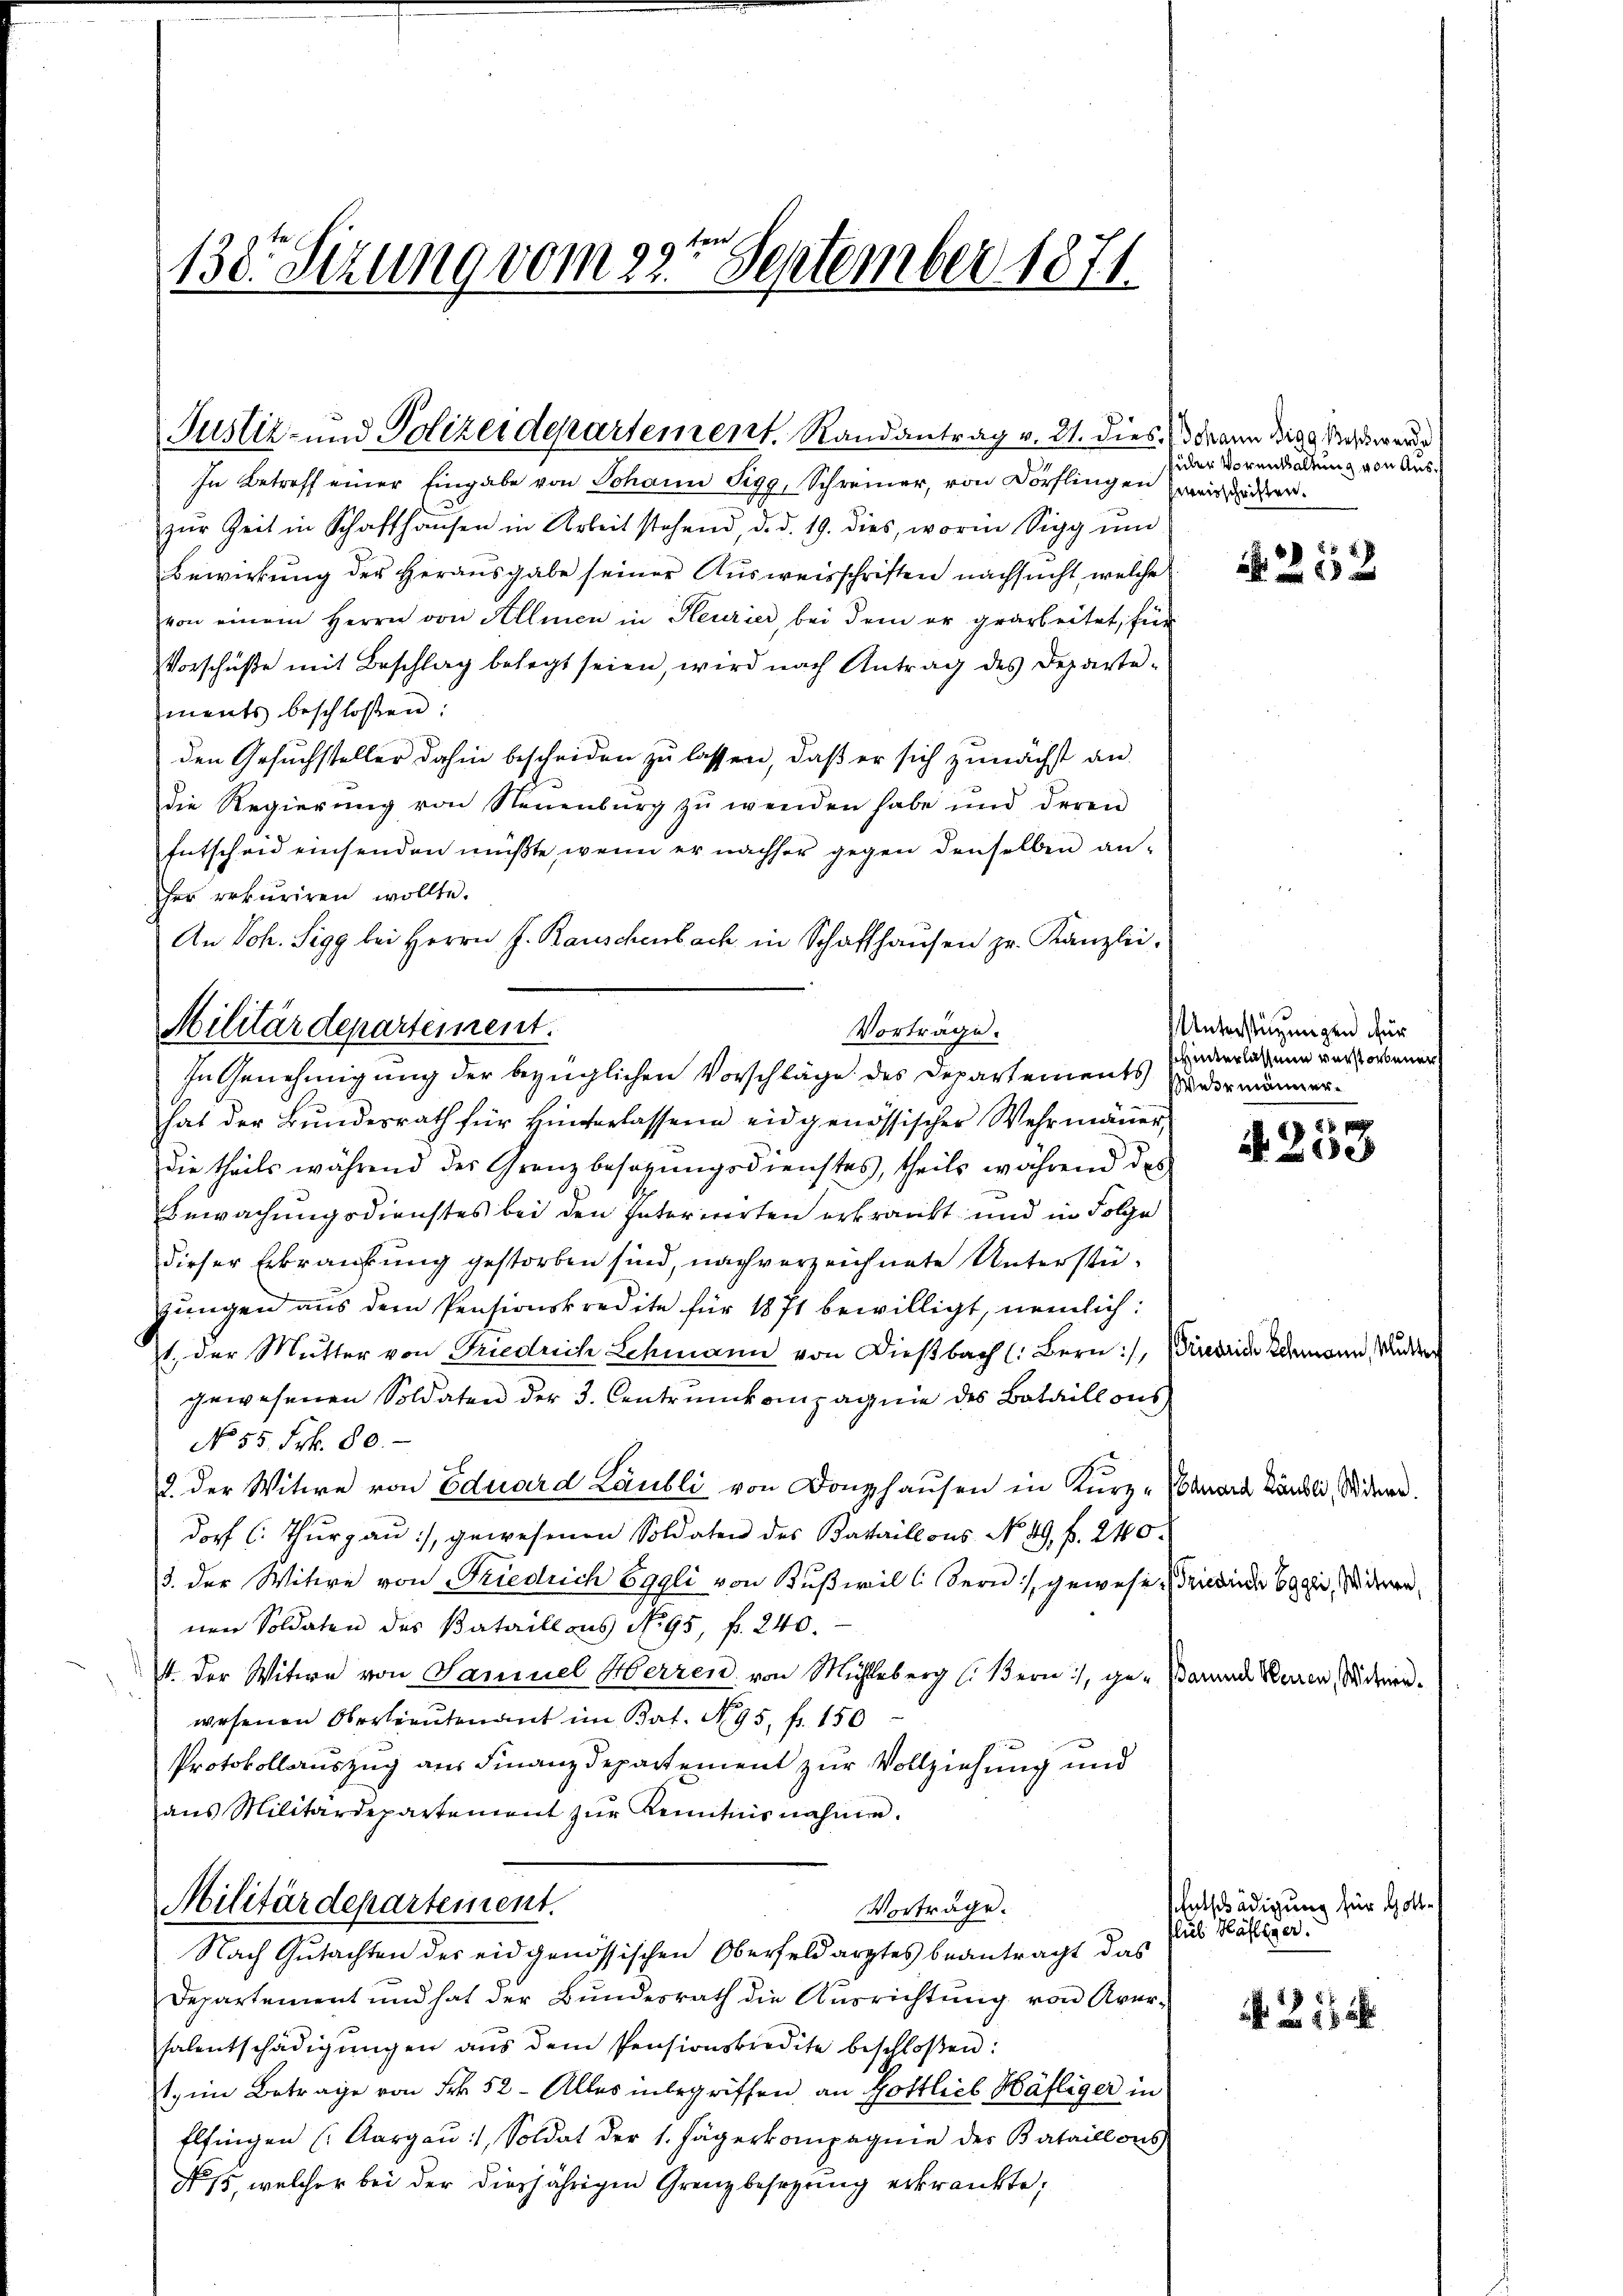
In Betreff einer Eingabe von Johann Sigg, Schreiner, von Dörflingen weiser.
zŭr Zeit in Schaffhausen in Arbeit stehend, d. d. 19. dies, worin Sigg ŭm
Bewirkung der Herausgabe seiner Ausweisschriften nachsucht, welche
von einem Herrn von Allmen in Heurier, bei dem er gearbeitet, für
Vorschuße mit Beschlag belegt seien, wird nach Antrag des Departements beschlossen:
den Gesuchsteller dahin bescheiden zu lassen, daß er sich zunächst an
d
die Regierŭng von Neuenburg zŭ wenden habe und deren
Entscheid einsenden müßte, wenn er nachher gegen denselben an-
ser erkuriren wollte.
An Joh. Sigg bei Herrn J. Rauschenbach in Schaffhaŭsen pr. Kanzlei,
Vorträge.
hat der Bŭndesrath für Hinterlassene eidgenössischer Wehrmäṅer,
die theils während der Grenzbesagŭngsdienstes, theils während des
Bewachungsdienstes bei den Interierten erkränkt und in Folge
dieser Erkrankung gestorben sind, nach verzeichnete Unterstüjungen aus dem Pensionskredite für 1871 bewilligt, nemlich:
1., der Mutter von Friedrich Schmann von Diesbach (: Bern:/, Bindeide den
gewesenen Soldaten der 3. Centrunkompagnie des Bataillons
No 55 Frk. 80.
2. der Witwe von Eduard Laubli von Donghausen in Kurz-Canara Kändli, Sinne.
dorf (: Thurgau), gewesenen Soldaten des Bataillons No. 49. f. 240.
3. der Witwe von Friedrich Eggli von Kußwil l. Bern, gewesen, ricende Bagei Seiten,
nen Soldaten des Bataill aus No 95, f. 240.
4. der Witwe von Samuel Herren von Mühleberg (: Bern, ge-Parend Waren Widerenwesenen Oberlieutenant im Rat. No. 95 fr. 150
Protokollauszug aus Finanzdepartement zur Vollziehung und
ans Militärdepartement zŭr Kenntnisnahme.
Militärdepartement.
Verträge.
Nach Gutachten des eidgenössischen Oberfeldarztes beantragt das
Departement und hat der Bundesrath die Ausrichtŭng von Aver-
halentschädigŭngen aŭs dem Pensionskredite beschloßen:
1. im Betrage von Frk. 52 - Alles inbegriffen, an Gottlich Häfliger in
Elfingen (Aargau, Soldat der 1. Jägerkompagnie des Bataillons
No. 15, welcher bei der diesjährigen Grenzbesetzung erkränkte,

9
130. Stzung vom 22. September 1871.

Militärdepartement.
In Genehmigung der bezüglichen Vorschläge des Departements Wieder männer¬

Justiz- und Polizeidepartement, Randantrag v. 21. dies dann die Schwerde

füler Vorenthaltung von Aus¬

Unterstützungen für
hinterlassen verstorbenen

252

A. 253

ann, Mutt

Entschädigung für Gott.
Plub Häfliger.

1 x